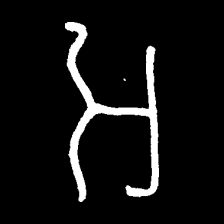
Pyu character \u2014 Myanmar letter: အ (romanized: a)